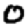
Digit: 0